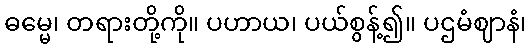
ဓမ္မေ၊ တရားတို့ကို။ ပဟာယ၊ ပယ်စွန့်၍။ ပဌမံဈာနံ၊